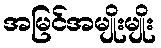
အမြင်အမျိုးမျိုး